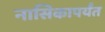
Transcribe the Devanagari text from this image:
नासिकापर्यंत